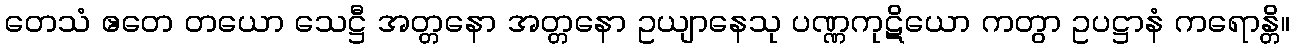
တေသံ ဧတေ တယော သေဋ္ဌီ အတ္တနော အတ္တနော ဥယျာနေသု ပဏ္ဏကုဋိယော ကတွာ ဥပဋ္ဌာနံ ကရောန္တိ။